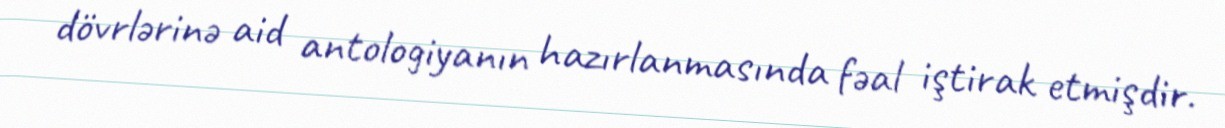
dövrlərinə aid antologiyanın hazırlanmasında fəal iştirak etmişdir.